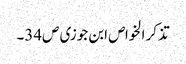
تذکر الخواص ابن جوزی ص34۔